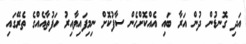
އަދި ގޮނޑުން ދުން އަރާ ބައި އެއްކޮށްހެން ސާފުކޮށް ނިމިފައިވާއިރު ހަފުތާއެއްގެ ތެރޭގައި